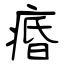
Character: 痻